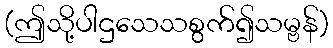
(ဤသို့ပါဌသေသစွက်၍သမ္ဗန်)